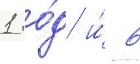
1 го́д и́ 6